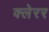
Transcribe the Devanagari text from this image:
क्लेरर